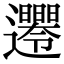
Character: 𨙘